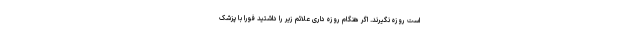
است روزه نگیرند. اگر هنگام روزه داری علائم زیر را داشتید فورا با پزشک